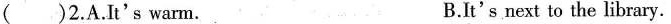
( ) 2. A. It's warm. B. It's next to the library.